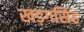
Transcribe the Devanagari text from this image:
खड़गसिंह